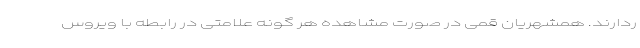
ردارند. همشهریان قمی در صورت مشاهده هر گونه علامتی در رابطه با ویروس